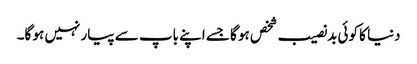
دنیا کا کوئی بدنصیب شخص ہو گا جسے اپنے باپ سے پیار نہیں ہو گا۔